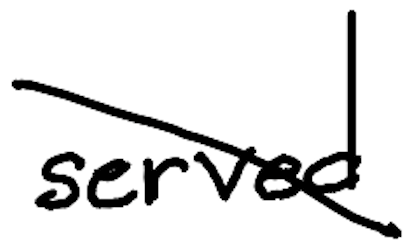
Text: served
Cross-out: diagonal
Writing tool: digital_black